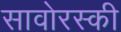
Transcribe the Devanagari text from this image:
सावोरस्की